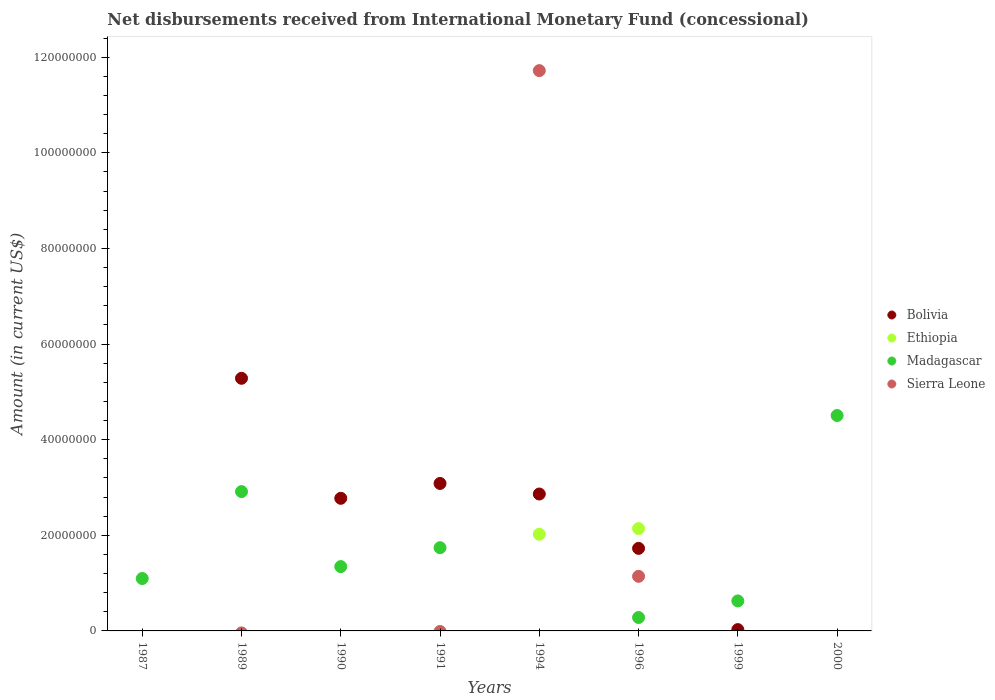
| Years | Bolivia | Ethiopia | Madagascar | Sierra Leone |
 | --- | --- | --- | --- | --- |
 | 1987 | -9.43e+06 | -6.88e+06 | 1.1e+07 | -1.72e+06 |
 | 1989 | 5.28e+07 | -3.86e+06 | 2.91e+07 | -4.15e+05 |
 | 1990 | 2.77e+07 | -1.12e+06 | 1.35e+07 | -2.48e+06 |
 | 1991 | 3.08e+07 | -1.4e+05 | 1.74e+07 | -1.29e+05 |
 | 1994 | 2.86e+07 | 2.02e+07 | -5.64e+06 | 1.17e+08 |
 | 1996 | 1.73e+07 | 2.14e+07 | 2.80e+06 | 1.14e+07 |
 | 1999 | 2.72e+05 | -9.65e+06 | 6.27e+06 | -1.24e+07 |
 | 2000 | -5.1e+06 | -1.3e+07 | 4.50e+07 | -2.52e+07 |